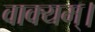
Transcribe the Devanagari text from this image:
वाक्यम्।